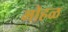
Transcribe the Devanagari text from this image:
मोहळ